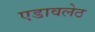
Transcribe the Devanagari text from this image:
एडावलेठ